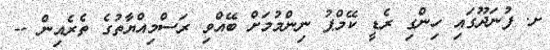
ށ. ފުނަދޫގައި ހިންގި ރެޑީ ކޭމްޕު ނިންމުމަށް ބޭއްވި ރަސްމިއްޔާތުގެ ތެރެއިން --